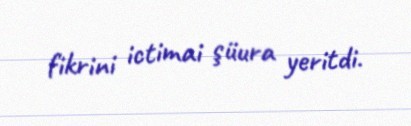
fikrini ictimai şüura yeritdi.